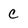
Character: C